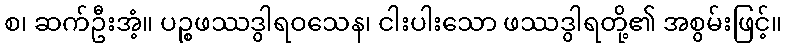
စ၊ ဆက်ဦးအံ့။ ပဉ္စဖဿဒွါရဝသေန၊ ငါးပါးသော ဖဿဒွါရတို့၏ အစွမ်းဖြင့်။